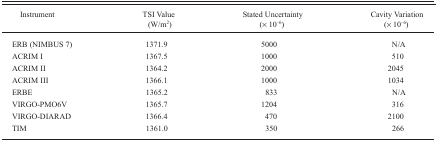
<table><thead><tr><td><b>Instrument</b></td><td><b>TSI Value (W/m<sup>2</sup>)</b></td><td><b>Stated Uncertainty (× 10<sup>−6</sup>)</b></td><td><b>Cavity Variation (× 10<sup>−6</sup>)</b></td></tr></thead><tbody><tr><td>ERB (NIMBUS 7)</td><td>1371.9</td><td>5000</td><td>N/A</td></tr><tr><td>ACRIM I</td><td>1367.5</td><td>1000</td><td>510</td></tr><tr><td>ACRIM II</td><td>1364.2</td><td>2000</td><td>2045</td></tr><tr><td>ACRIM III</td><td>1366.1</td><td>1000</td><td>1034</td></tr><tr><td>ERBE</td><td>1365.2</td><td>833</td><td>N/A</td></tr><tr><td>VIRGO-PMO6V</td><td>1365.7</td><td>1204</td><td>316</td></tr><tr><td>VIRGO-DIARAD</td><td>1366.4</td><td>470</td><td>2100</td></tr><tr><td>TIM</td><td>1361.0</td><td>350</td><td>266</td></tr></tbody></table>